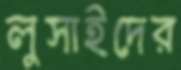
লুসাইদের